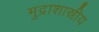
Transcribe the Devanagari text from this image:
मुद्राशास्रीय